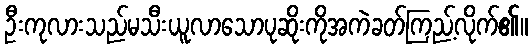
ဦးကုလားသည်မသီးယူလာသောပုဆိုးကိုအကဲခတ်ကြည့်လိုက်၏။